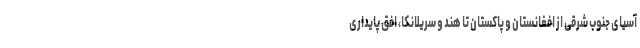
آسیای جنوب شرقی از افغانستان و پاکستان تا هند و سریلانکا، افق پایداری